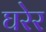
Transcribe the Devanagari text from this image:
घरेर